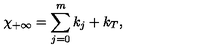
\chi _ { + \infty } = \sum _ { j = 0 } ^ { m } k _ { j } + k _ { T } , \,